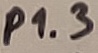
Text: P1.3